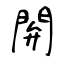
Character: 閞